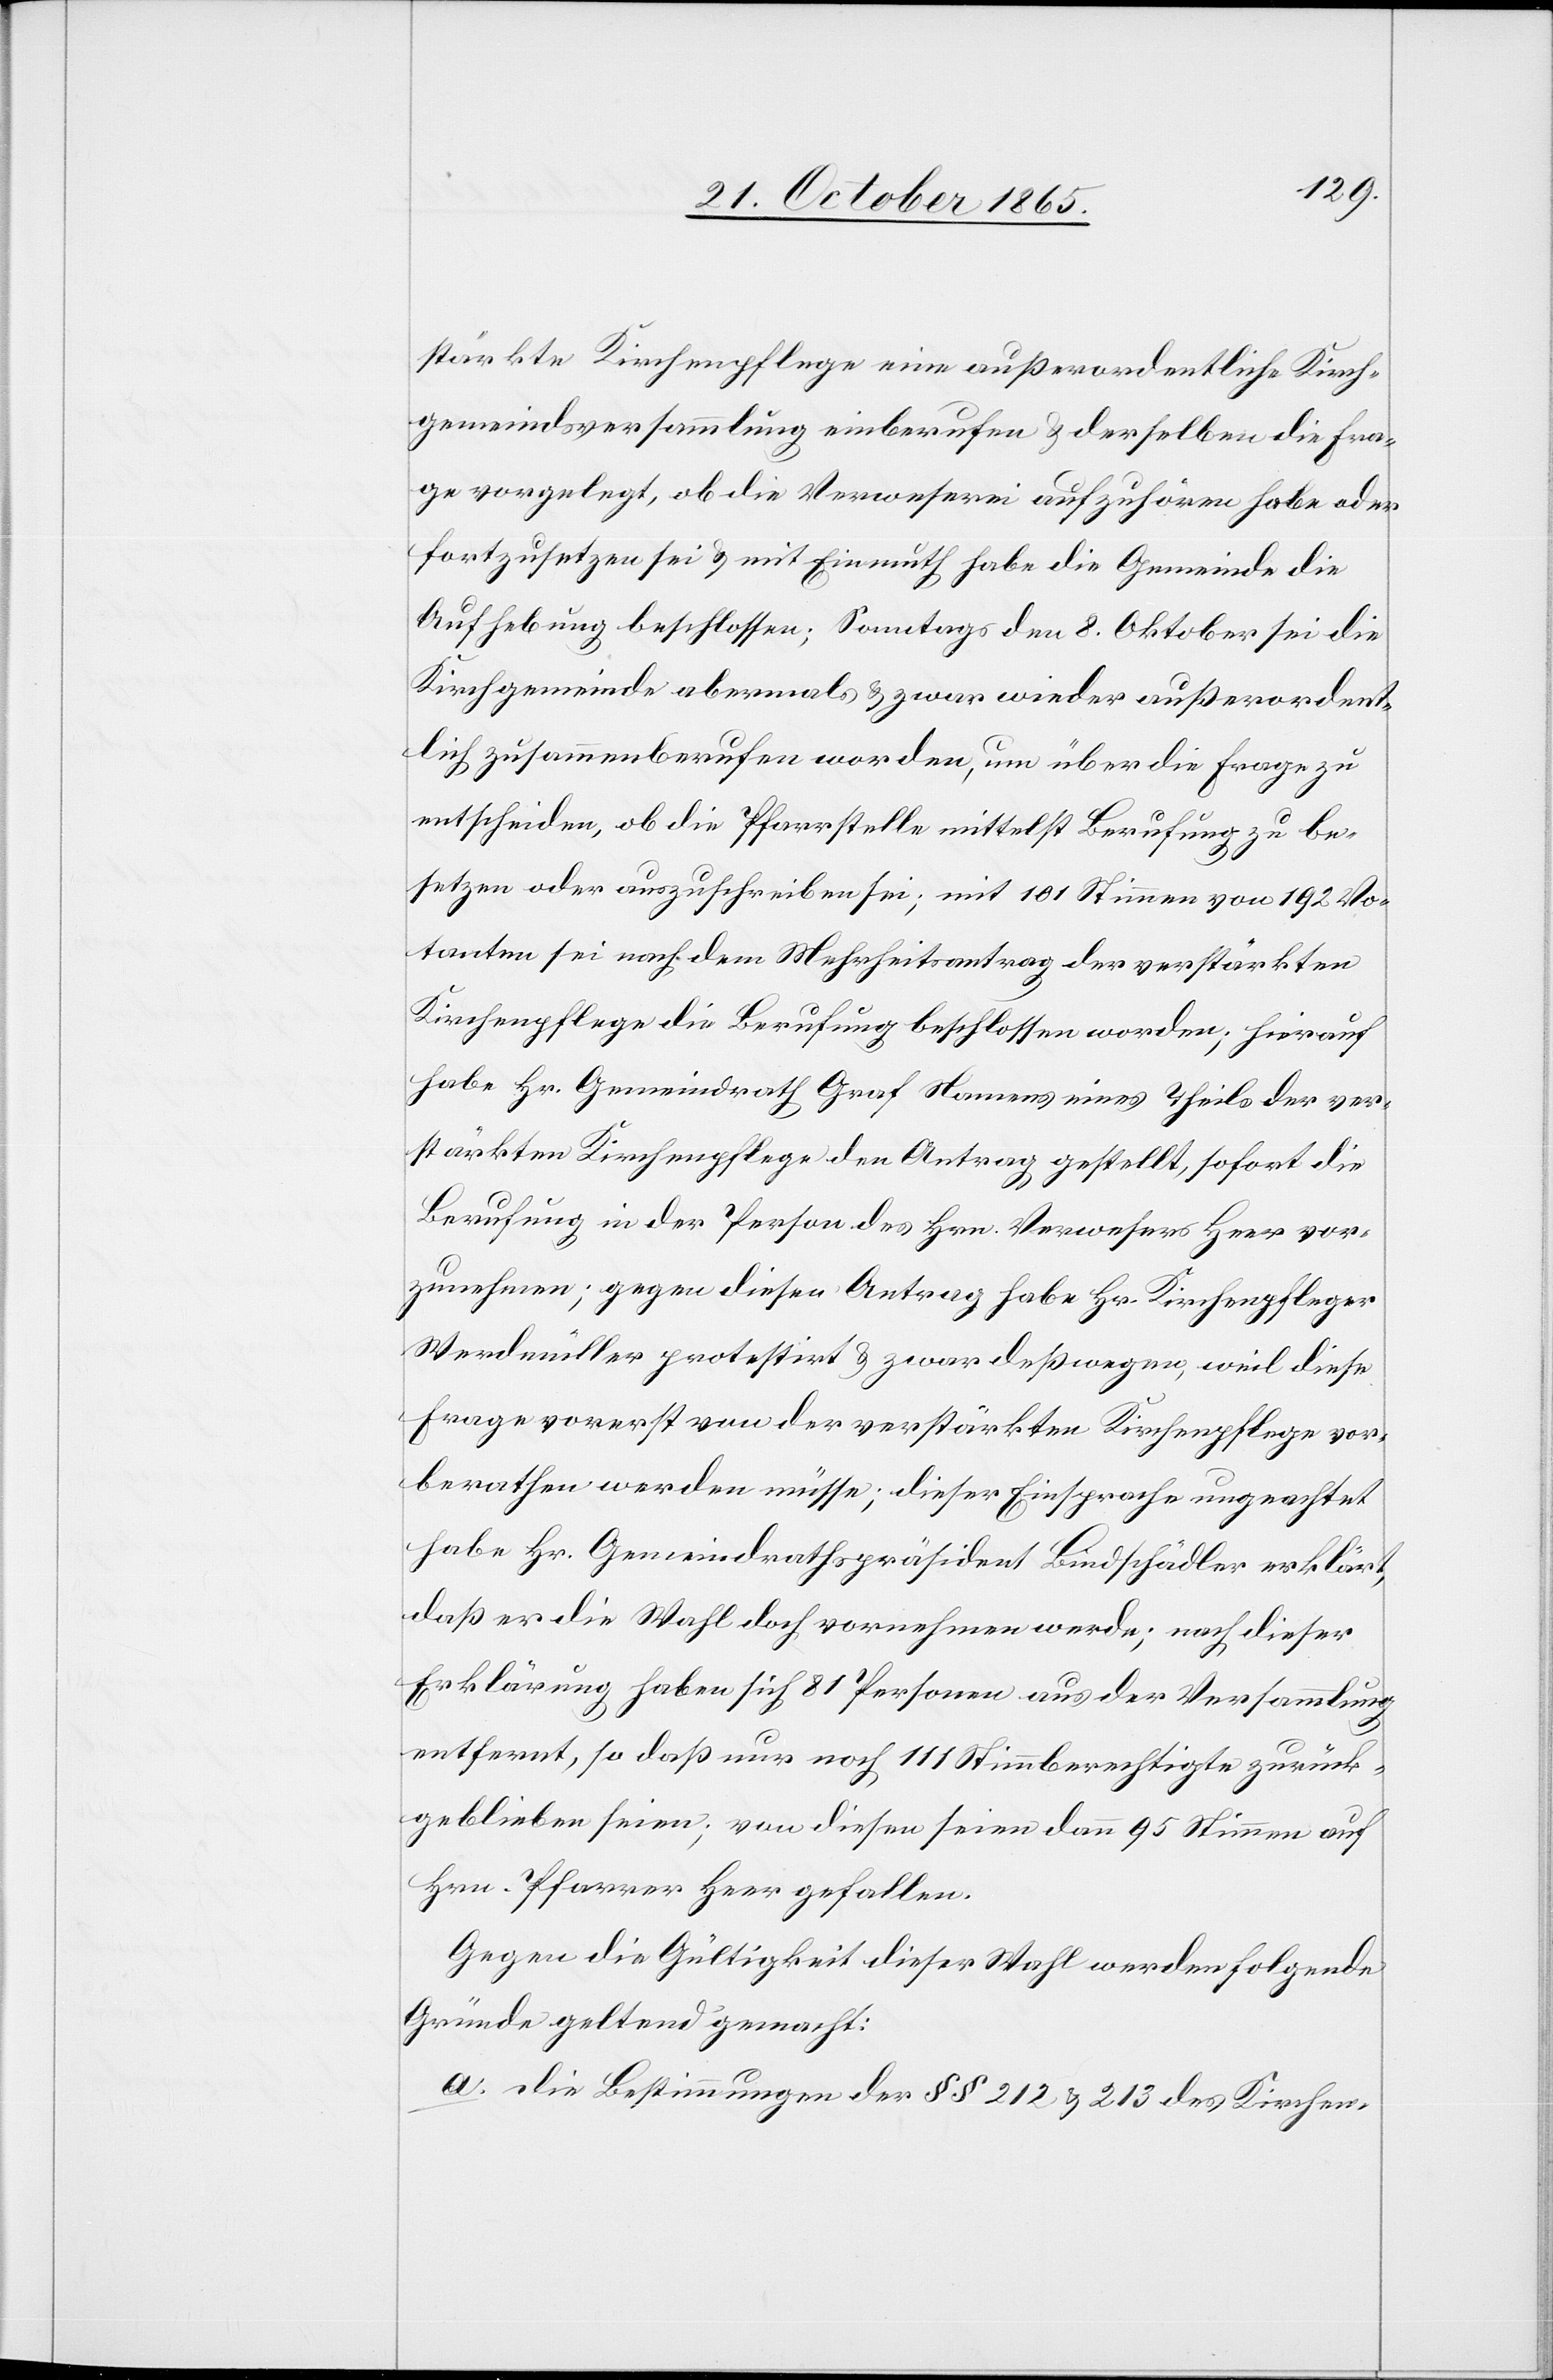
stärkte Kirchenpflege eine außerordentliche Kirch¬
gemeindsversammlung einberufen & derselben die Fra¬
ge vorgelegt, ob die Verweserei aufzuhören habe oder
fortzusetzen sei & mit Einmuth habe die Gemeinde die
Aufhebung beschlossen; Sonntags den 8. Oktober sei die
Kirchgemeinde abermals & zwar wieder außerordent¬
lich zusammenberufen worden, um über die Frage zu
entscheiden, ob die Pfarrstelle mittelst Berufung zu be¬
setzen oder auszuschreiben sei; mit 101 Stimmen von 192 Vo¬
tanten sei nach dem Mehrheitsantrag der verstärkten
Kirchenpflege die Berufung beschlossen worden; hierauf
habe Hr. Gemeindrath Graf Namens eines Theils der ver¬
stärkten Kirchenpflege den Antrag gestellt, sofort die
Berufung in der Person des Hrn. Verwesers Heer vor¬
zunehmen; gegen diesen Antrag habe Hr. Kirchenpfleger
Werdmüller protestirt & zwar deßwegen, weil diese
Frage vorerst von der verstärkten Kirchenpflege vor¬
berathen werden müsse; dieser Einsprache ungeachtet
habe Hr. Gemeindrathspräsident Bindschädler erklärt,
daß er die Wahl doch vornehmen werde; nach dieser
Erklärung haben sich 81 Personen aus der Versammlung
entfernt, so daß nur noch 111 Stimmberechtigte zurück¬
geblieben seien; von diesen seien dann 95 Stimmen auf
Hrn. Pfarrer Heer gefallen.
Gegen die Gültigkeit dieser Wahl werden folgende
Gründe geltend gemacht:
a. die Bestimmungen der §§ 212 & 213 des Kirchen-